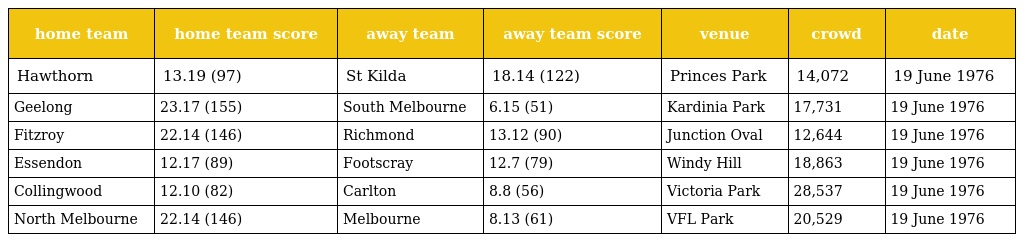
| home team | home team score | away team | away team score | venue | crowd | date |
 | --- | --- | --- | --- | --- | --- | --- |
 | Hawthorn | 13.19 (97) | St Kilda | 18.14 (122) | Princes Park | 14,072 | 19 June 1976 |
 | Geelong | 23.17 (155) | South Melbourne | 6.15 (51) | Kardinia Park | 17,731 | 19 June 1976 |
 | Fitzroy | 22.14 (146) | Richmond | 13.12 (90) | Junction Oval | 12,644 | 19 June 1976 |
 | Essendon | 12.17 (89) | Footscray | 12.7 (79) | Windy Hill | 18,863 | 19 June 1976 |
 | Collingwood | 12.10 (82) | Carlton | 8.8 (56) | Victoria Park | 28,537 | 19 June 1976 |
 | North Melbourne | 22.14 (146) | Melbourne | 8.13 (61) | VFL Park | 20,529 | 19 June 1976 |